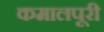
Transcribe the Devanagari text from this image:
कमालपूरी